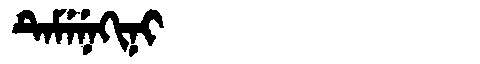
Manchu: ᡨᡝᠮᡝᠨᡝᡴᡳᠨᡳ
Romanization: TEMENEKINI